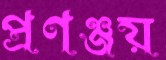
প্রণঞ্জয়